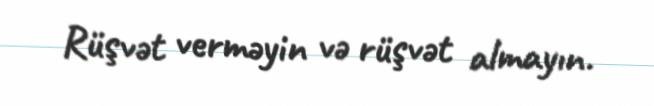
Rüşvət verməyin və rüşvət almayın.